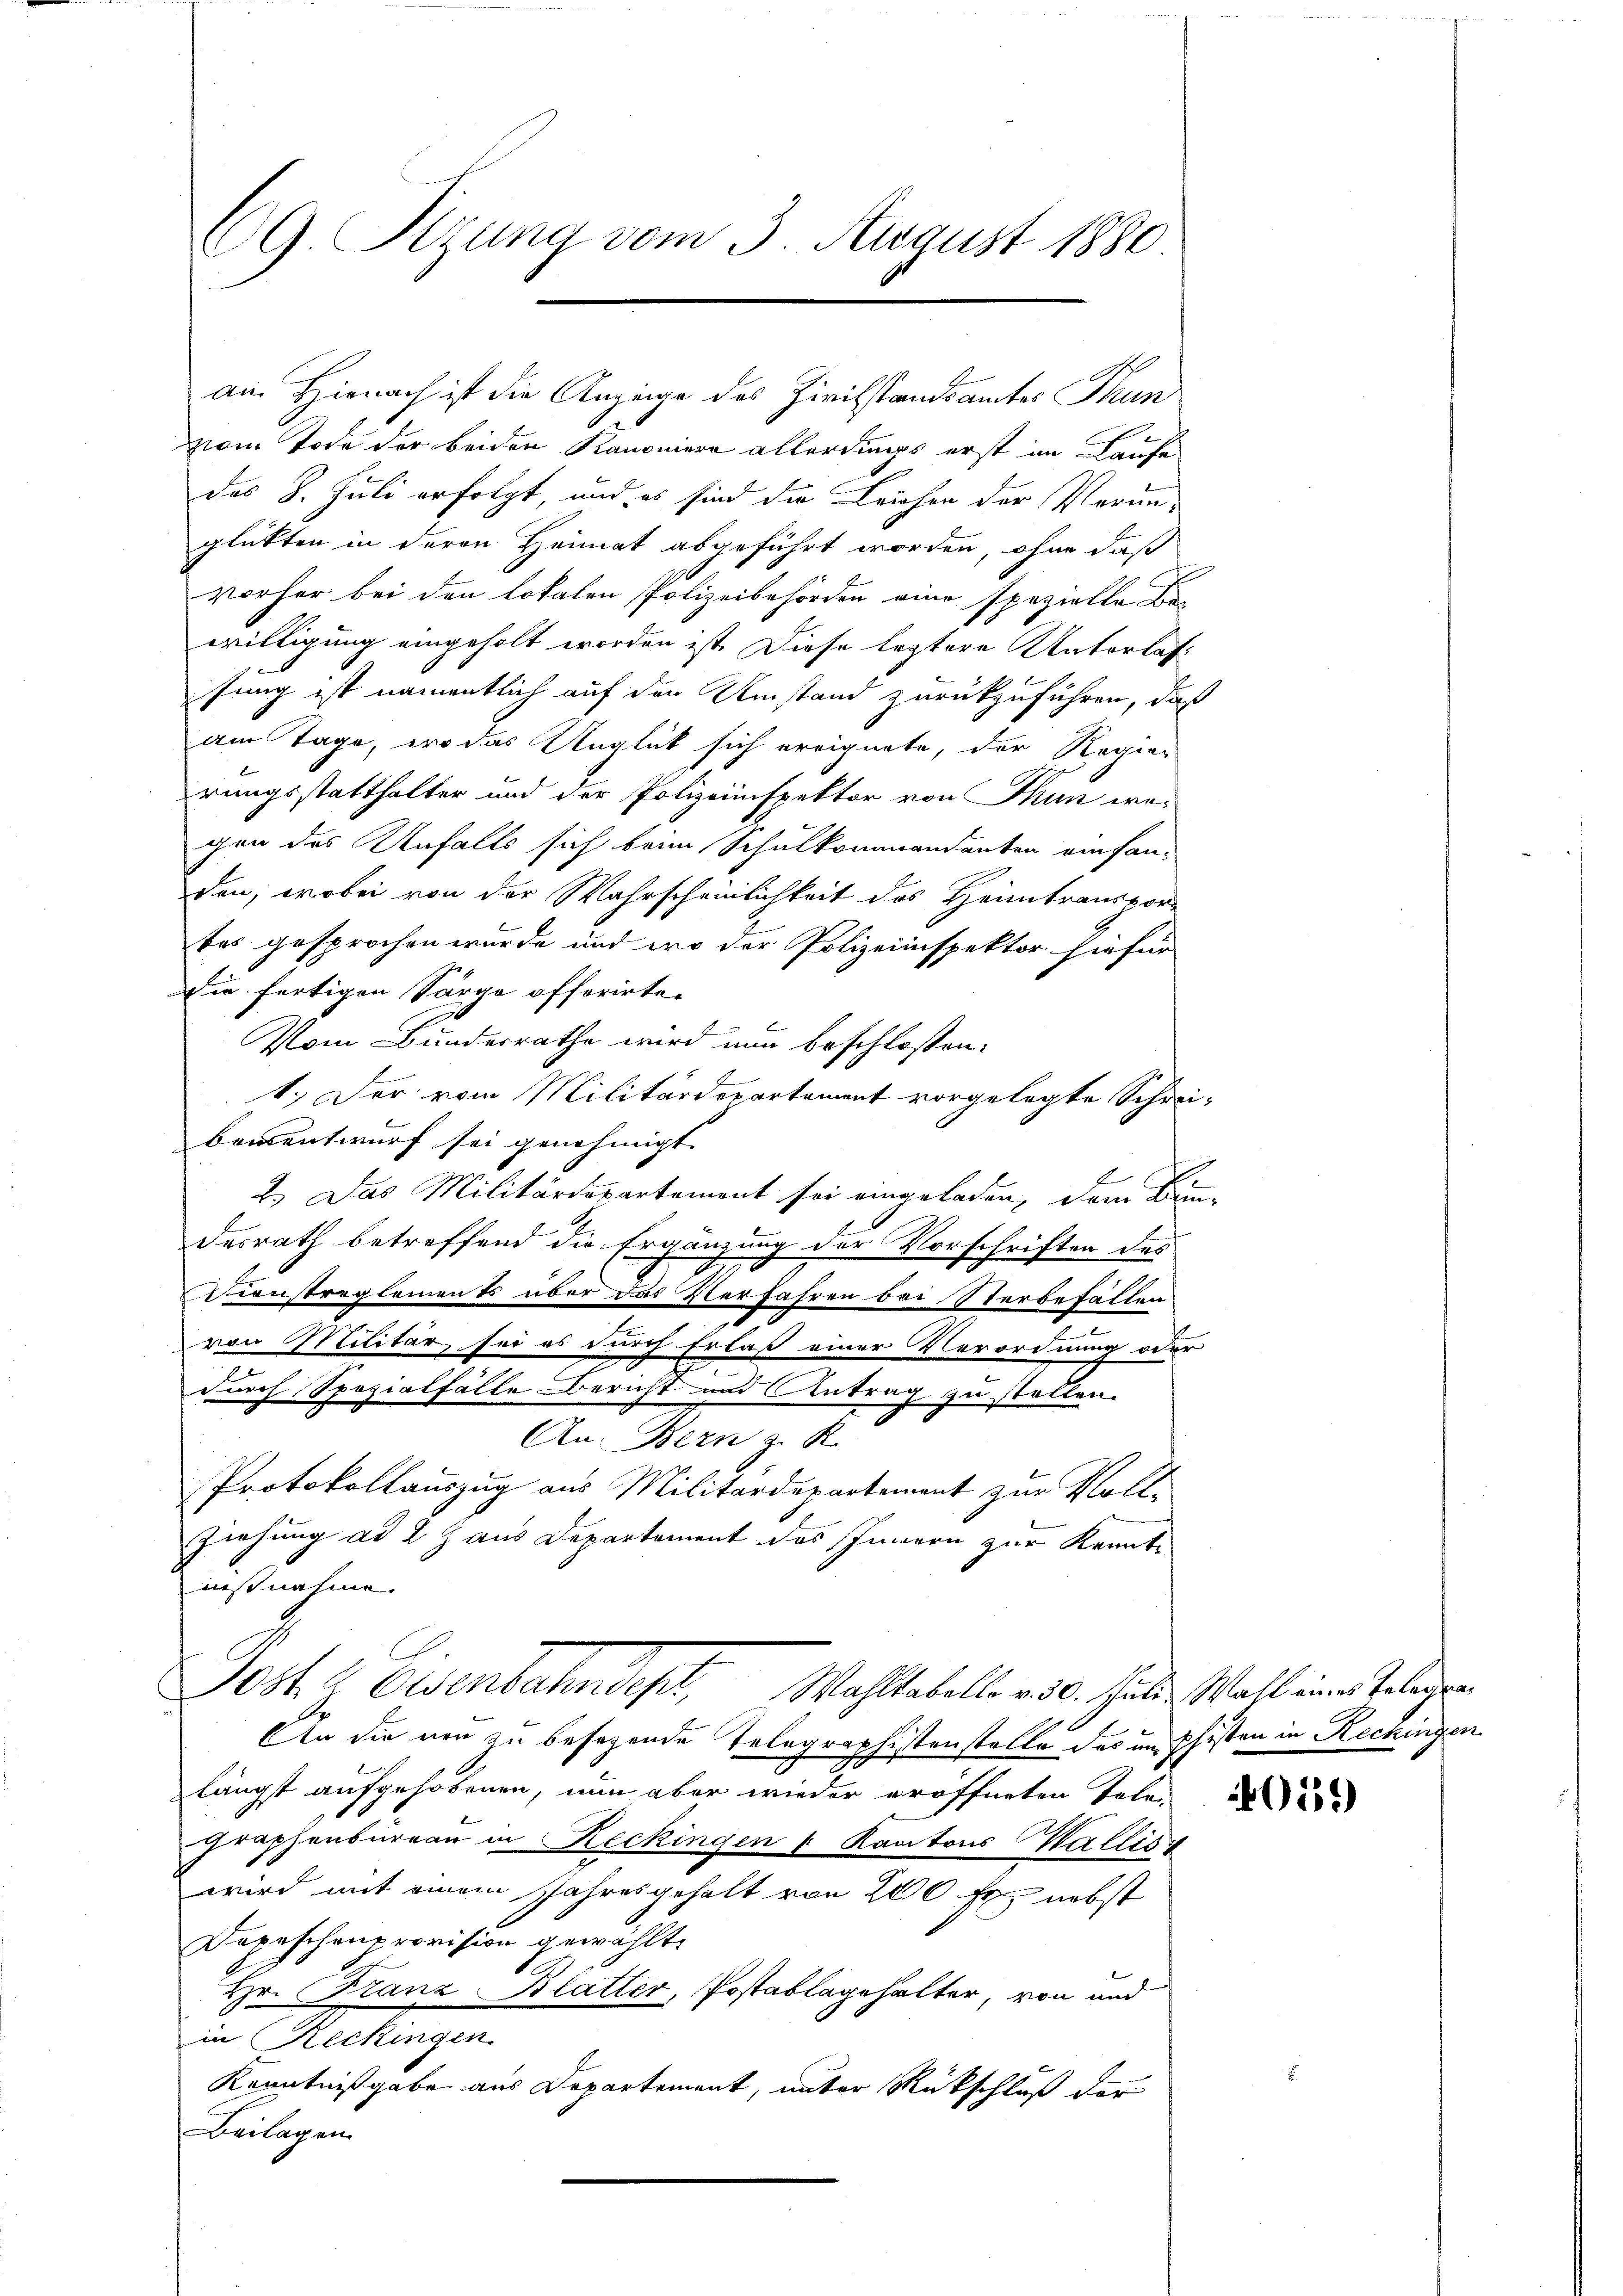
CG. Sitzung vom 3. August 1880.

an. Hienach ist die Anzeige des Zivilstandsamtes Thun
vom Tode der beiden Kanoniere allerdings erst im Laufe
des 8. Juli erfolgt, und es sind die Leichen der Vorun-
glükten in deren Heimat abgeführt worden, ohne daß
vorher bei den lokalen Polizeibehörden eine spezielle Be-
willigung eingeholt worden ist. Diese leztere Unterlas-
fung ist namentlich auf den Umstand zurückzuführen, daß
am Tage, wo das Unglück sich ereignete, der Regier
irungsstatthalter und der Polizeinspektor von Thun wa-
gen des Unfalls sich beim Schulkommandanten einfanden, wobei von der Wahrscheinlichkeit des Heimtranspor-
tes gesprochen wurde und wo der Polizeiinspektor hiefür
Die fertigen Särge offerirte.
Vom Bundesrathe wird nun beschlossen:
1.) Der vom Militärdepartement vorgelegte Schrei-
bansentwurf sei genehmigt.
2.) Das Militärdepartement sei eingeladen, dem Baum-
desrath betreffend die Ergänzung der Vorschriften des
Constreglements über das Verfahren bei Sterbefällen
von Militär, sei es durch Erlaß einer Verordnung oder
durch Spezialfälle Bericht und Antrag zu stellen.
An Bern z. K
Protokollauszug aus Militärdepartement zur Voll¬
Ziehung ad 2) aus Departement des Innern zur Kennte
nißnahme.
Post. G. Eisenbahndept, Wahltabelle v. d. habe. Wahl eine Gelegen
An die neu zu besagende Telegraphistenstelle des um Pfisten in Rechingen
längst aufgehobenen, nun aber wieder eröffneten Telegraphenbureau in Reckingen & Kantons Wallis
wird mit einem Jahresgehalt von 200 Fr. nebst
Depeschenprovision gewählte
Hr. Franz Blatter, Postablagehalter, von und
in Reckingen
Kenntnißgabe aus Departement, unter Rückschluß der
Beilagen